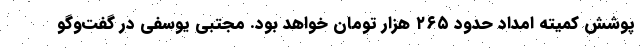
پوشش کمیته امداد حدود ۲۶۵ هزار تومان خواهد بود. مجتبی یوسفی در گفت‌وگو